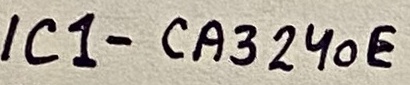
Text: IC1-CA324oE